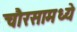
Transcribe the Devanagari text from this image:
चौरसामध्ये